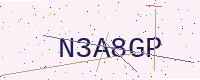
Text: N3A8GP